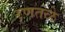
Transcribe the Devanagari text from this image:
रणतळे